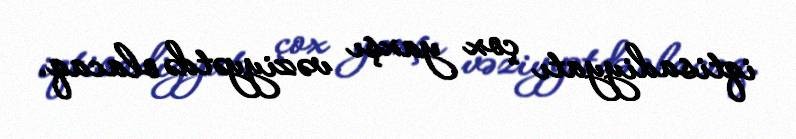
iqtisadiyyatı çox yaxşı vəziyyətdə olacaq.